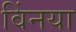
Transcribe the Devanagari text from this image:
विंनया